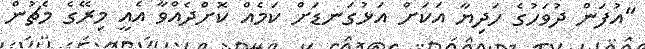
"އުފަން ދުވަހުގެ ހަދިޔާ އަކަށް އަޅުގަނޑަށް ކަމެއް ކޮށްދެއްވާ އެއީ މިރޭގެ މެޗުން